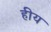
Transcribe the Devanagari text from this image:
हीय